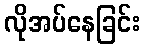
လိုအပ်နေခြင်း